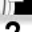
Digit: 2